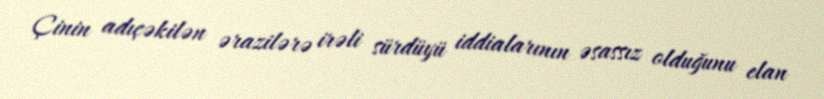
Çinin adıçəkilən ərazilərə irəli sürdüyü iddialarının əsassız olduğunu elan